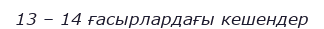
13 – 14 ғасырлардағы кешендер